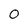
Character: 0